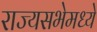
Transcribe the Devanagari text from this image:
राज्यसभेमध्ये